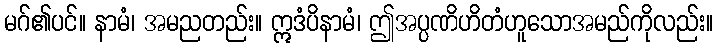
မဂ်၏ပင်။ နာမံ၊ အမညတည်း။ ဣဒံပိနာမံ၊ ဤအပ္ပဏိဟိတံဟူသောအမည်ကိုလည်း။